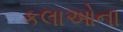
કલાઓના